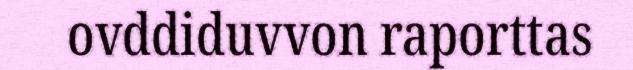
ovddiduvvon raporttas